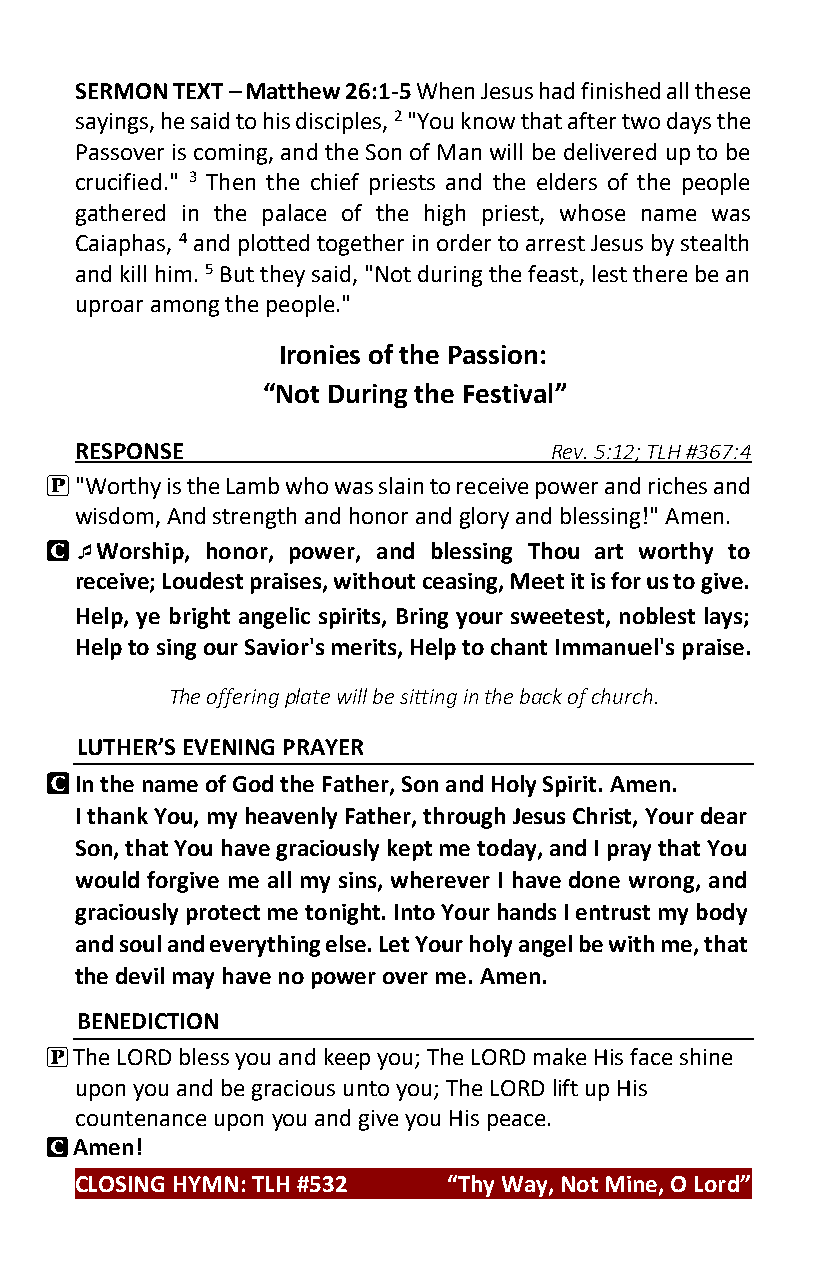
SERMON TEXT – Matthew 26:1-5 When Jesus had finished all these
 sayings, he said to his disciples, 2 "You know that after two days the
 Passover is coming, and the Son of Man will be delivered up to be
 crucified." 3 Then the chief priests and the elders of the people
 gathered in the palace of the high priest, whose name was
 Caiaphas, 4 and plotted together in order to arrest Jesus by stealth
 and kill him. 5 But they said, "Not during the feast, lest there be an
 uproar among the people."
 Ironies of the Passion:
 “Not During the Festival”
 RESPONSE                       Rev. 5:12; TLH #367:4
 P "Worthy is the Lamb who was slain to receive power and riches and
 wisdom, And strength and honor and glory and blessing!" Amen.
 C Worship, honor, power, and blessing Thou art worthy to
 receive; Loudest praises, without ceasing, Meet it is for us to give.
 Help, ye bright angelic spirits, Bring your sweetest, noblest lays;
 Help to sing our Savior's merits, Help to chant Immanuel's praise.
 The offering plate will be sitting in the back of church.
 LUTHER’S EVENING PRAYER
 C In the name of God the Father, Son and Holy Spirit. Amen.
 I thank You, my heavenly Father, through Jesus Christ, Your dear
 Son, that You have graciously kept me today, and I pray that You
 would forgive me all my sins, wherever I have done wrong, and
 graciously protect me tonight. Into Your hands I entrust my body
 and soul and everything else. Let Your holy angel be with me, that
 the devil may have no power over me. Amen.
 BENEDICTION
 P The LORD bless you and keep you; The LORD make His face shine
 upon you and be gracious unto you; The LORD lift up His
 countenance upon you and give you His peace.
 C Amen!
 CLOSING HYMN: TLH #532   “Thy Way, Not Mine, O Lord”